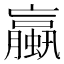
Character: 蠃